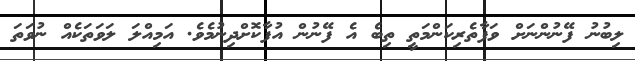
ލިބުނު ފޭނުންނަށް ވަފާތެރިކަންމަތީ ތިބެ އެ ފޭނުން އުފާކޮށްދިނުމެވެ. އަމިއްލަ ލަވަތަކެއް ނުވަތަ